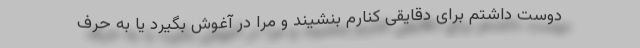
دوست داشتم برای دقایقی کنارم بنشیند و مرا در آغوش بگیرد یا به حرف